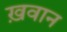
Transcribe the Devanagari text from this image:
ख़वान